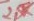
Text: 2,5K